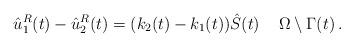
LaTeX: \begin{align*}\hat u^{R}_1(t)-\hat u^{R}_2(t)= (k_2(t)-k_1(t))\hat S(t)\,\quad\Omega\setminus\Gamma(t)\,.\end{align*}